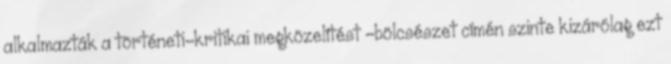
alkalmazták a történeti-kritikai megközelítést -bölcsészet címén szinte kizárólag ezt